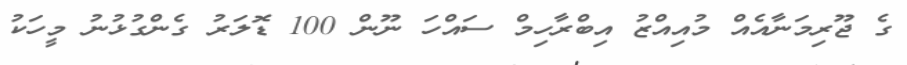
ގެ ޖޫރިމަނާއެއް މުއިއްޒު އިބްރާހިމް ސައްހަ ނޫން 100 ޑޮލަރު ގެންގުޅުނު މީހަކު